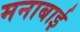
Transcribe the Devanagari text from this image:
मनाबाई